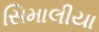
સિમાલીયા